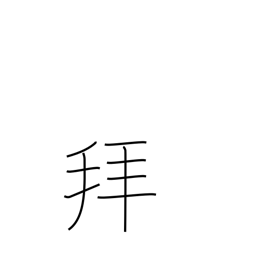
Meaning: pray to